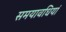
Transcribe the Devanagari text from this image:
समयावधियां